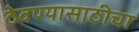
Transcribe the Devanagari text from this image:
ठेवण्यासाठीचा